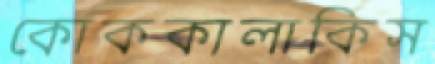
কোককালাকিস